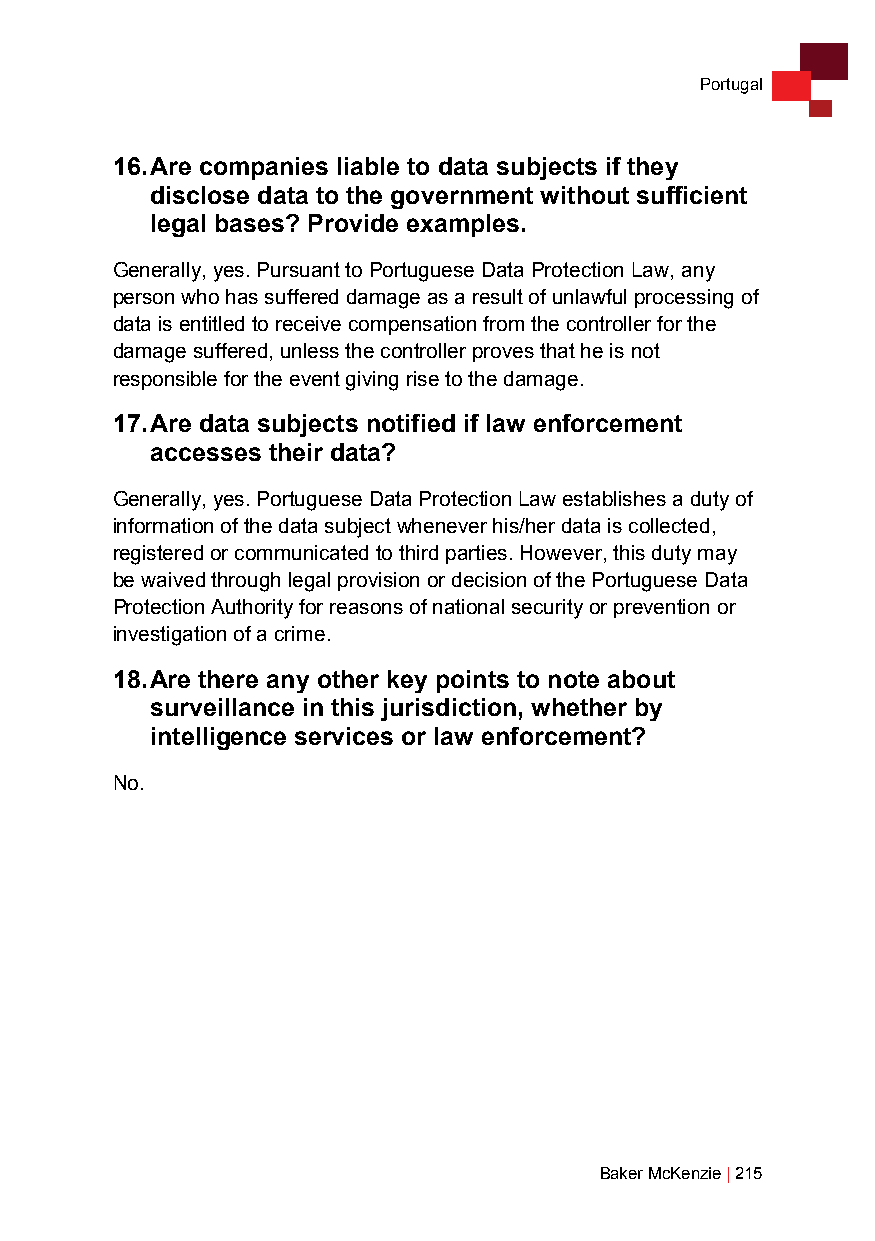
Portugal
 16. Are companies liable to data subjects if they
 disclose data to the government without sufficient
 legal bases? Provide examples.
 Generally, yes. Pursuant to Portuguese Data Protection Law, any
 person who has suffered damage as a result of unlawful processing of
 data is entitled to receive compensation from the controller for the
 damage suffered, unless the controller proves that he is not
 responsible for the event giving rise to the damage.
 17. Are data subjects notified if law enforcement
 accesses their data?
 Generally, yes. Portuguese Data Protection Law establishes a duty of
 information of the data subject whenever his/her data is collected,
 registered or communicated to third parties. However, this duty may
 be waived through legal provision or decision of the Portuguese Data
 Protection Authority for reasons of national security or prevention or
 investigation of a crime.
 18. Are there any other key points to note about
 surveillance in this jurisdiction, whether by
 intelligence services or law enforcement?
 No.
 Baker McKenzie | 215